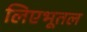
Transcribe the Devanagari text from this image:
लिएभूतल